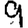
Digit: 9